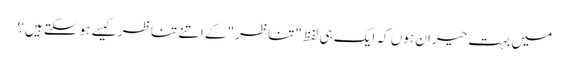
میں بہت حیران ہوں کہ ایک ہی لفظ "تناظر" کے اتنے تناظر کیسے ہوسکتے ہیں؟